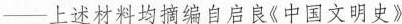
——上述材料均摘编自启良《中国文明史》